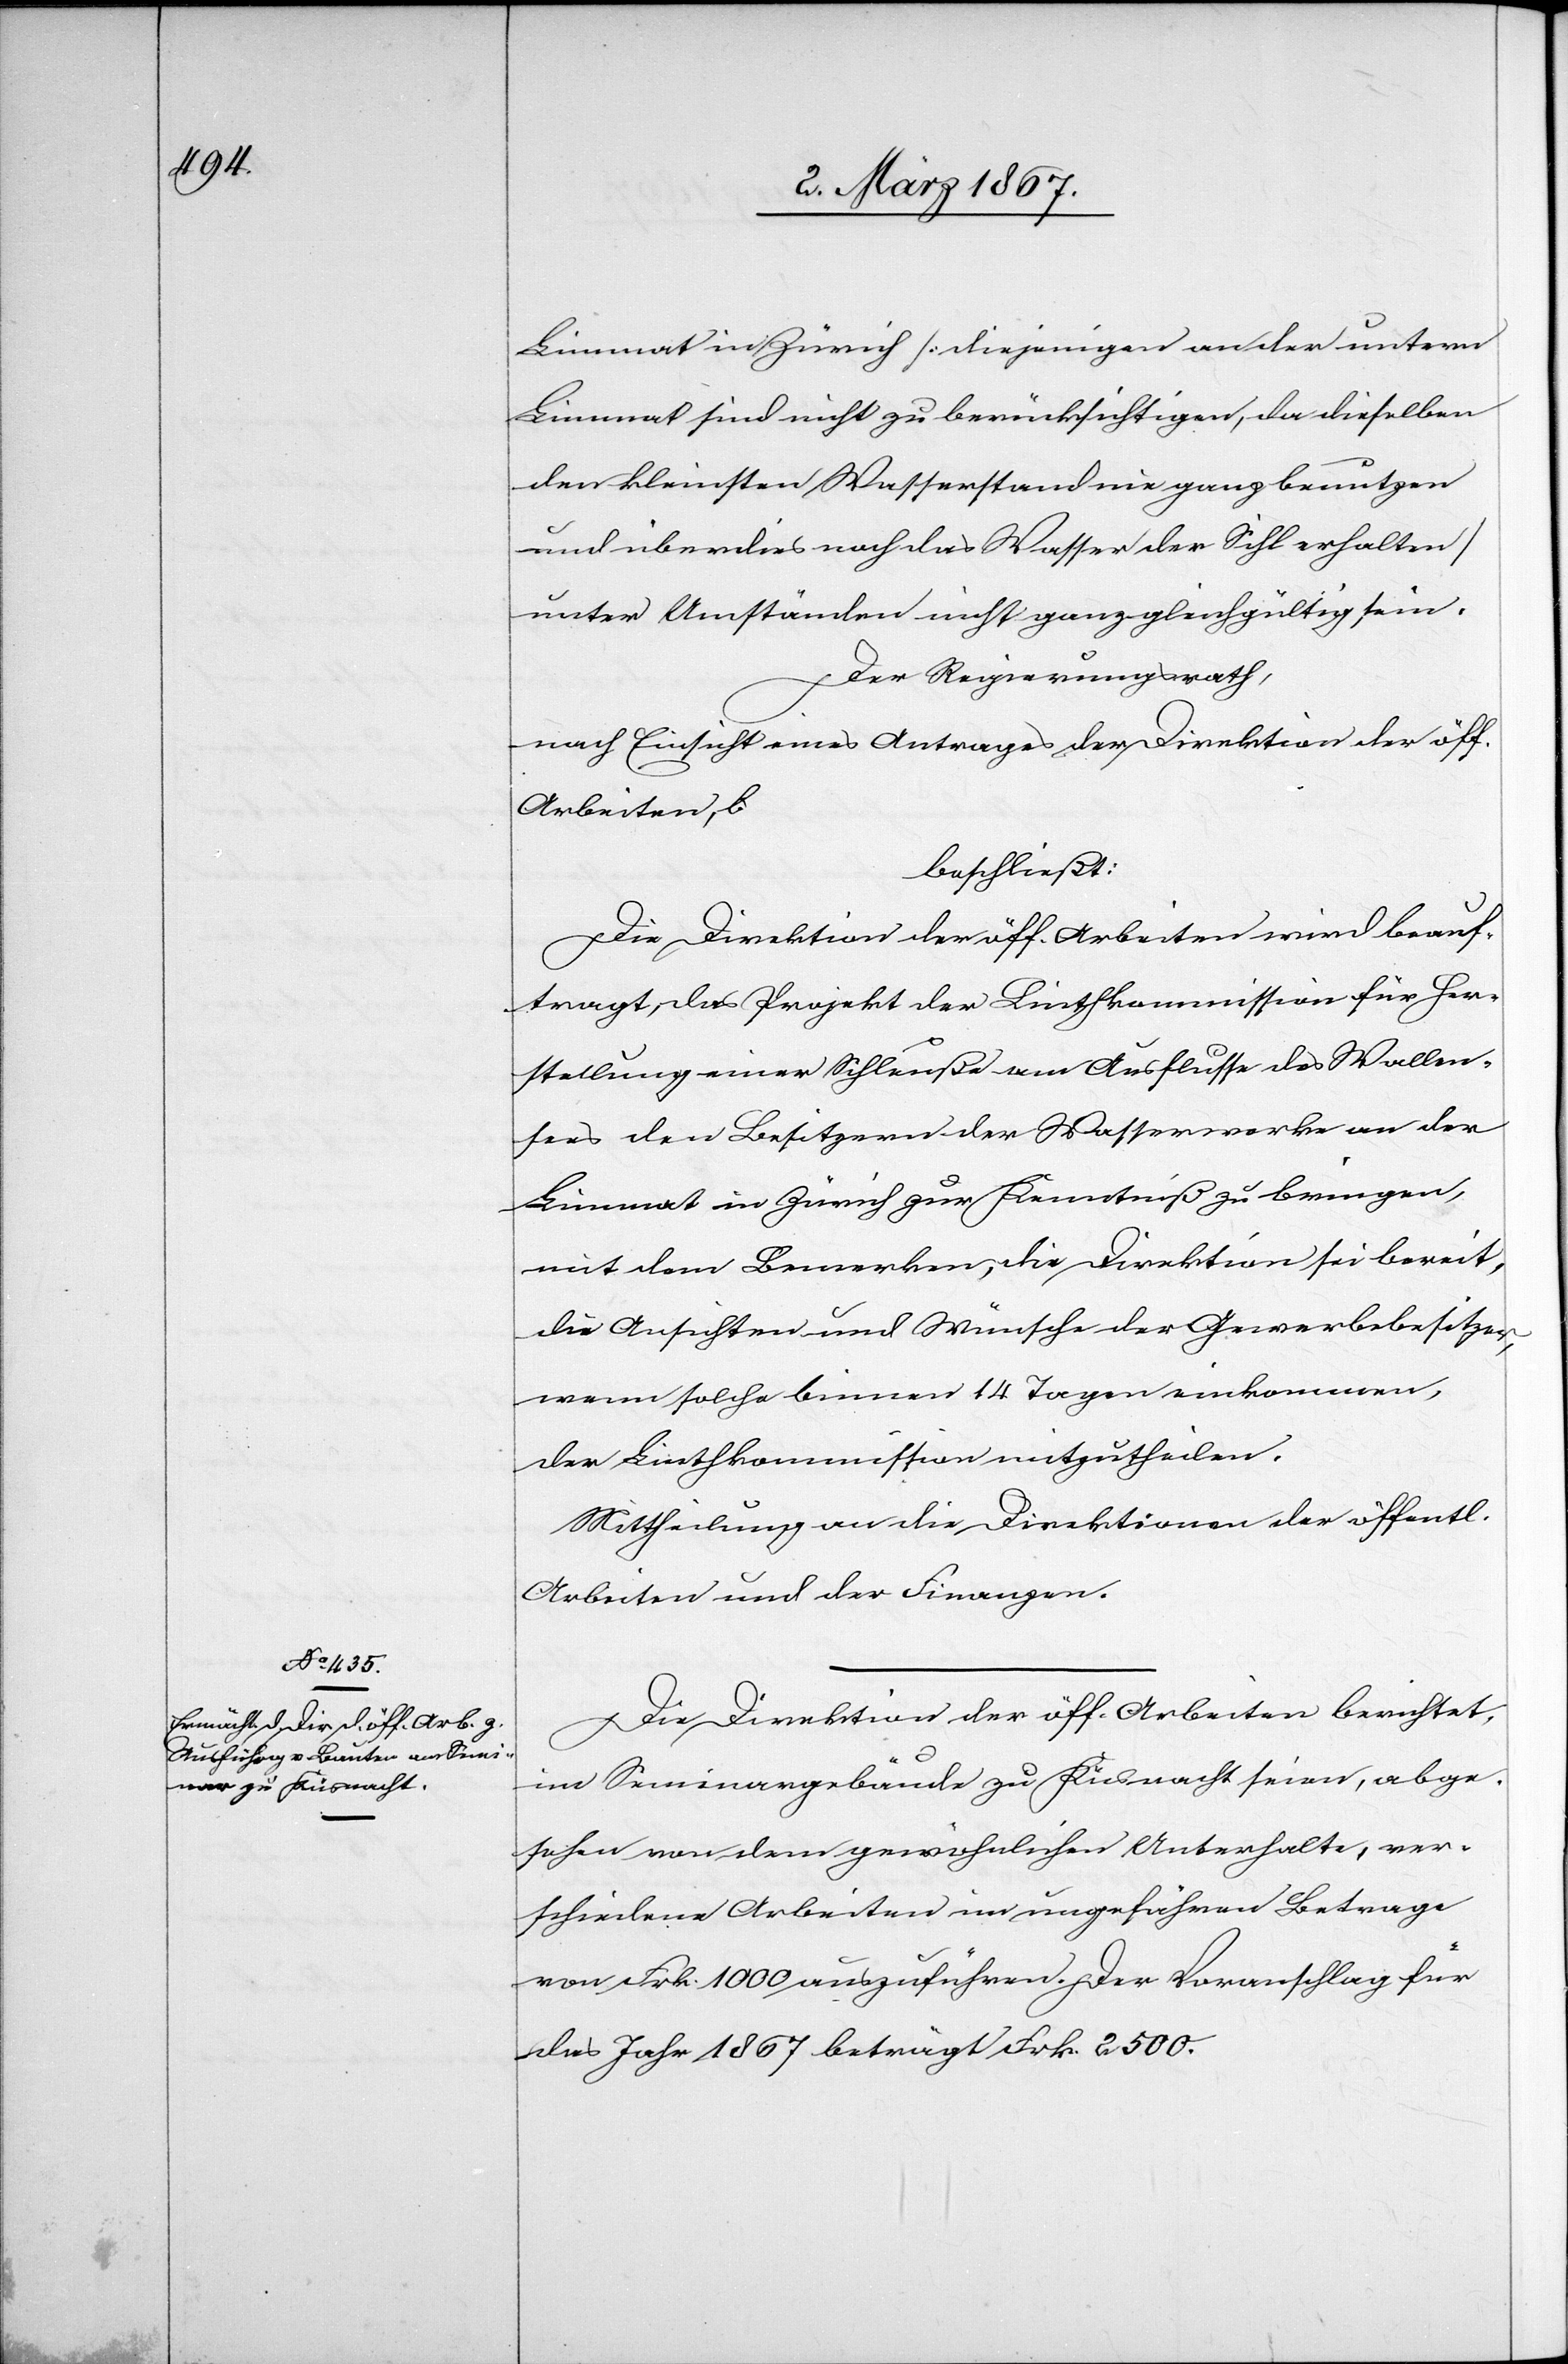
Limmat in Zürich [diejenigen an der untern
Limmat sind nicht zu berücksichtigen, da dieselben
den kleinsten Wasserstand nie ganz benutzen
und überdies noch das Wasser der Sihl erhalten]
unter Umständen nicht ganz gleichgültig sein.
Der Regierungsrath,
nach Einsicht eines Antrages der Direktion der öff.
Arbeiten,
beschließt:
Die Direktion der öff. Arbeiten wird beauf¬
tragt, das Projekt der Linthkommission für Her¬
stellung einer Schleuße am Ausflusse des Wallen¬
sees den Besitzern der Wasserwerke an der
Limmat in Zürich zur Kenntniß zu bringen,
mit dem Bemerken, die Direktion sei bereit,
die Ansichten und Wünsche der Gewerbebesitzer,
wenn solche binnen 14 Tagen einkommen,
der Linthkommission mitzutheilen.
Mittheilung an die Direktionen der öffentl.
Arbeiten und der Finanzen.
Die Direktion der öff. Arbeiten berichtet,
im Seminargebäude zu Küsnacht seien, abge¬
sehen von dem gewöhnlichen Unterhalte, ver¬
schiedene Arbeiten im ungefähren Betrage
von Frk. 1000 auszuführen. Der Voranschlag für
das Jahr 1867 beträgt Frk. 2500.